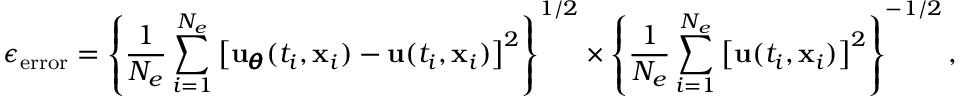
\epsilon _ { \mathrm { e r r o r } } = \left\{ \frac { 1 } { N _ { e } } \sum _ { i = 1 } ^ { N _ { e } } \left[ { \bf u } _ { \pmb \theta } ( t _ { i } , { \bf x } _ { i } ) - { \bf u } ( t _ { i } , { \bf x } _ { i } ) \right] ^ { 2 } \right\} ^ { 1 / 2 } \times \left\{ \frac { 1 } { N _ { e } } \sum _ { i = 1 } ^ { N _ { e } } \left[ { \bf u } ( t _ { i } , { \bf x } _ { i } ) \right] ^ { 2 } \right\} ^ { - 1 / 2 } ,